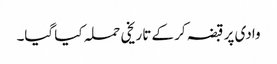
وادی پر قبضہ کر کے تاریخی حملہ کیا گیا۔